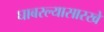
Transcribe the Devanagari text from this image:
घाबरल्यासारखे